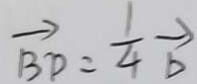
\overrightarrow { B D } = \frac { 1 } { 4 } \overrightarrow { b }